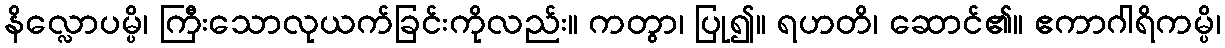
နိလ္လောပမ္ပိ၊ ကြီးသောလုယက်ခြင်းကိုလည်း။ ကတွာ၊ ပြု၍။ ရဟတိ၊ ဆောင်၏။ ဧကာဂါရိကမ္ပိ၊